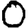
Digit: 0